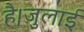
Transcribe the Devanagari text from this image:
है।जुलाई